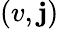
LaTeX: (v,\mathbf{j})